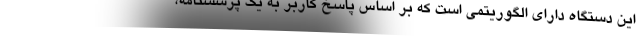
این دستگاه دارای الگوریتمی است که بر اساس پاسخ کاربر به یک پرسشنامه،